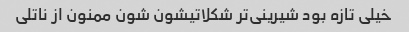
خیلی تازه بود شیرینی‌تر شکلاتیشون شون ممنون از ناتلی